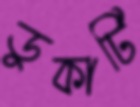
ডুকাটি